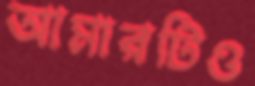
আমারটিও